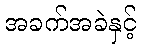
အခက်အခဲနှင့်